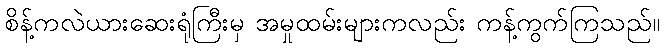
စိန့်ကလဲယားဆေးရုံကြီးမှ အမှုထမ်းများကလည်း ကန့်ကွက်ကြသည်။